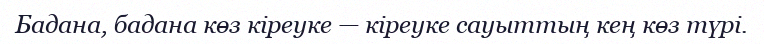
Бадана, бадана көз кіреуке — кіреуке сауыттың кең көз түрі.